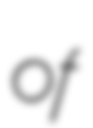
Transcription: of